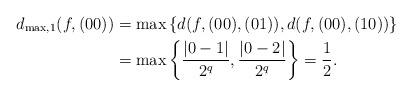
LaTeX: \begin{align*}d_{\textrm{max},1}(f,(00)) &= \max\left\{d(f,(00),(01)),d(f,(00),(10))\right\} \\&= \max\left\{\frac{|0-1|}{2^q},\frac{|0-2|}{2^q} \right\}= \frac{1}{2}.\end{align*}